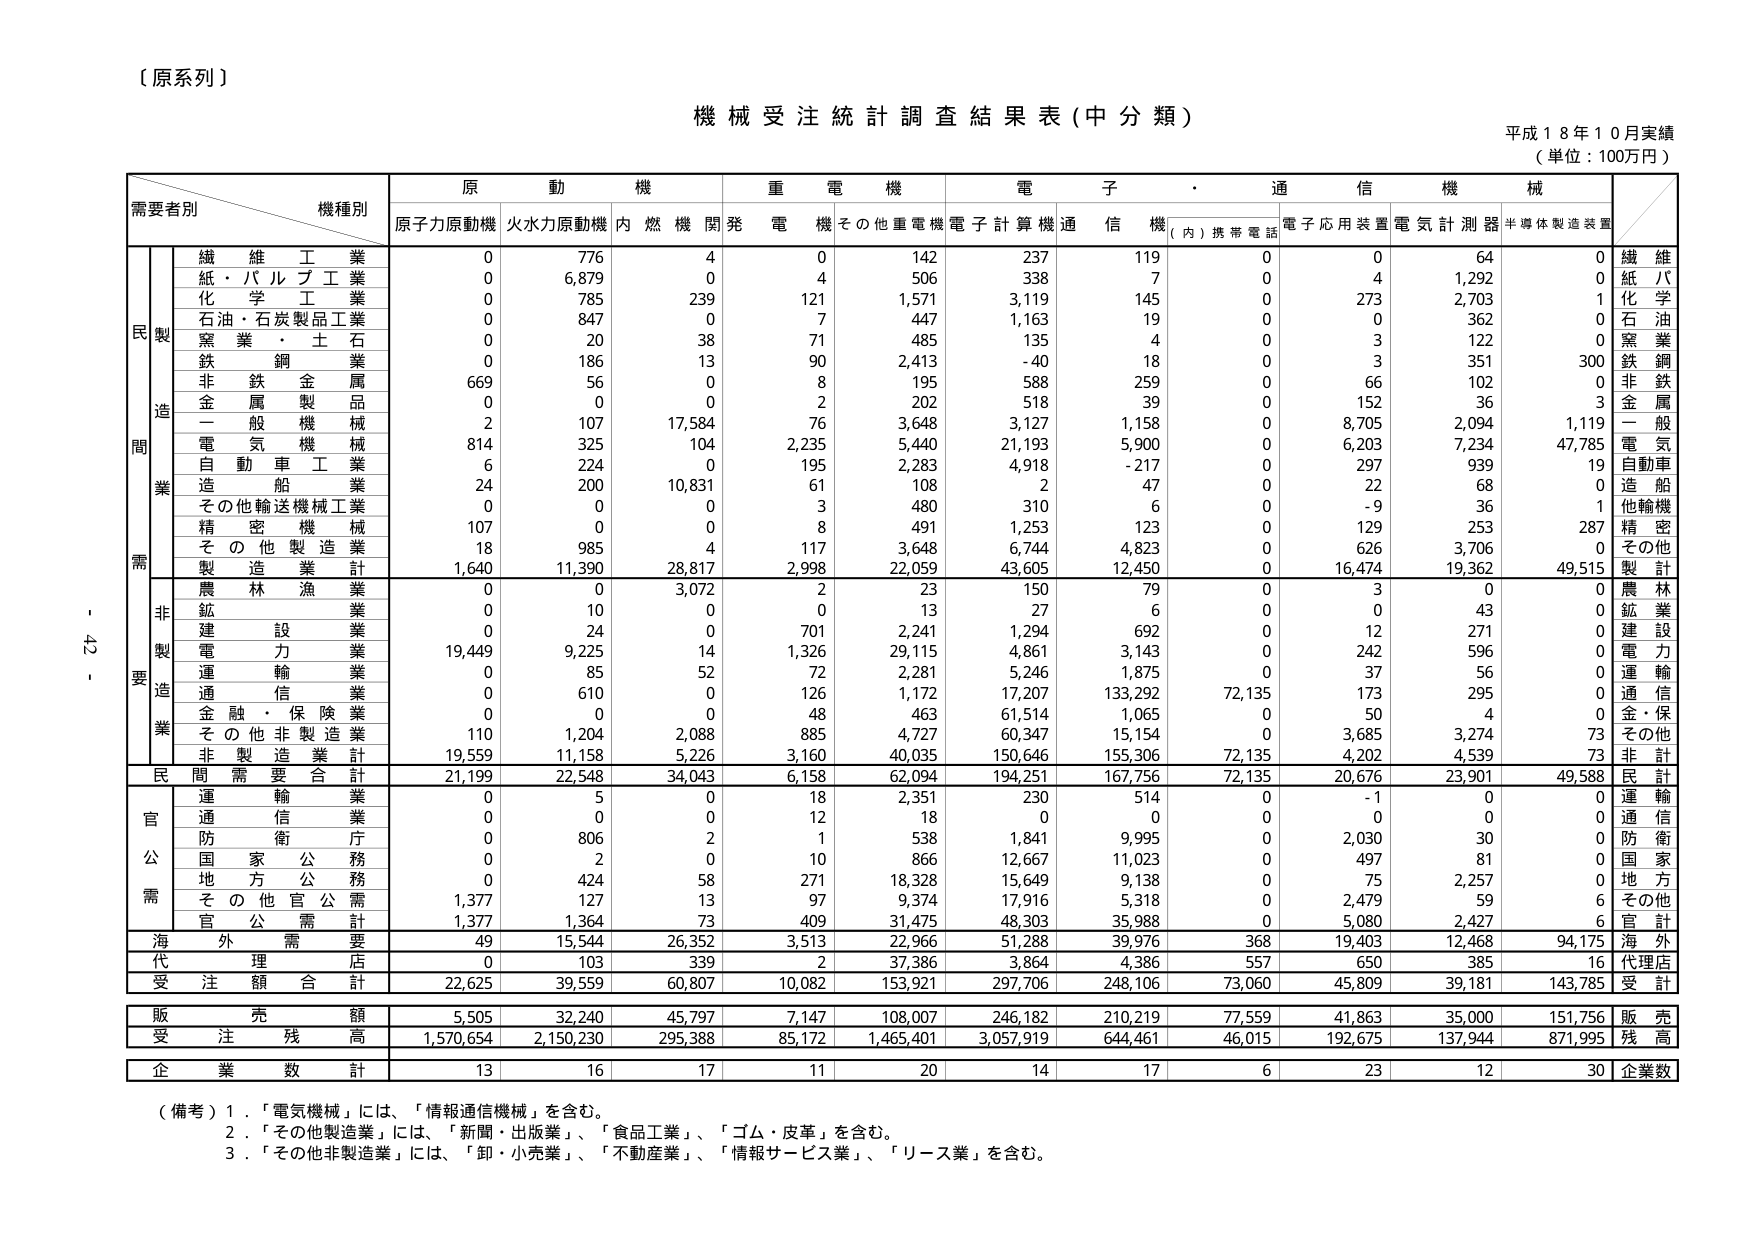
【原系列】

機械受注統計調査結果表（中分類）

平成１８年１０月実績
（単位：100万円）

需要者別　　機種別

原動機　　　　　重電機　　　　　電子・通信機械

原子力原動機　火水力原動機　内燃機関　発電機　その他重電機　電子計算機　通信機　（内）携帯電話　電子応用装置　電気計測器　半導体製造装置

民製造業

繊維工業　　　　　0　　　776　　　4　　　0　　　142　　　237　　　119　　　0　　　0　　　64　　　0　　　繊維
紙・パルプ工業　　　0　　　6,879　　　0　　　4　　　506　　　338　　　7　　　0　　　4　　　1,292　　　0　　　紙パ
化学工業　　　　　0　　　785　　　239　　　121　　　1,571　　　3,119　　　145　　　0　　　273　　　2,703　　　1　　　化学
石油・石炭製品工業　0　　　847　　　0　　　7　　　447　　　1,163　　　19　　　0　　　0　　　362　　　0　　　石油
窯業・土石　　　　0　　　20　　　38　　　71　　　485　　　135　　　4　　　0　　　3　　　122　　　0　　　窯業
鉄鋼業　　　　　　0　　　186　　　13　　　90　　　2,413　　　-40　　　18　　　0　　　3　　　351　　　300　　　鉄鋼
非鉄金属　　　　669　　　56　　　0　　　8　　　195　　　588　　　259　　　0　　　66　　　102　　　0　　　非鉄
金属製品　　　　0　　　0　　　0　　　2　　　202　　　518　　　39　　　0　　　152　　　36　　　3　　　金属
一般機械　　　　2　　　107　　　17,584　　　76　　　3,648　　　3,127　　　1,158　　　0　　　8,705　　　2,094　　　1,119　　　一般
電気機械　　　　814　　　325　　　104　　　2,235　　　5,440　　　21,193　　　5,900　　　0　　　6,203　　　7,234　　　47,785　　　電気
自動車工業　　　　6　　　224　　　0　　　195　　　2,283　　　4,918　　　-217　　　0　　　297　　　939　　　19　　　自動車
造船業　　　　　24　　　200　　　10,831　　　61　　　108　　　2　　　47　　　0　　　22　　　68　　　0　　　造船
その他輸送機械工業　0　　　0　　　0　　　3　　　480　　　310　　　6　　　0　　　-9　　　36　　　1　　　他輸機
精密機械　　　　107　　　0　　　0　　　8　　　491　　　1,253　　　123　　　0　　　129　　　253　　　287　　　精密
その他製造業　　　18　　　985　　　4　　　117　　　3,648　　　6,744　　　4,823　　　0　　　626　　　3,706　　　0　　　その他
製造業計　　　　1,640　　　11,390　　　28,817　　　2,998　　　22,059　　　43,605　　　12,450　　　0　　　16,474　　　19,362　　　49,515　　　製計

非製造業

農林漁業　　　　0　　　0　　　3,072　　　2　　　23　　　150　　　79　　　0　　　3　　　0　　　0　　　農林
鉱業　　　　　　0　　　10　　　0　　　0　　　13　　　27　　　6　　　0　　　0　　　43　　　0　　　鉱業
建設業　　　　　0　　　24　　　0　　　701　　　2,241　　　1,294　　　692　　　0　　　12　　　271　　　0　　　建設
電力業　　　　　19,449　　　9,225　　　14　　　1,326　　　29,115　　　4,861　　　3,143　　　0　　　242　　　596　　　0　　　電力
運輸業　　　　　0　　　85　　　52　　　72　　　2,281　　　5,246　　　1,875　　　0　　　37　　　56　　　0　　　運輸
通信業　　　　　0　　　610　　　0　　　126　　　1,172　　　17,207　　　133,292　　　72,135　　　173　　　295　　　0　　　通信
金融・保険業　　　0　　　0　　　0　　　48　　　463　　　61,514　　　1,065　　　0　　　50　　　4　　　0　　　金・保
その他非製造業　　110　　　1,204　　　2,088　　　885　　　4,727　　　60,347　　　15,154　　　0　　　3,685　　　3,274　　　73　　　その他
非製造業計　　　19,559　　　11,158　　　5,226　　　3,160　　　40,035　　　150,646　　　155,306　　　72,135　　　4,202　　　4,539　　　73　　　非計

民間需要合計　　21,199　　　22,548　　　34,043　　　6,158　　　62,094　　　194,251　　　167,756　　　72,135　　　20,676　　　23,901　　　49,588　　　民計

官公需

運輸業　　　　　0　　　5　　　0　　　18　　　2,351　　　230　　　514　　　0　　　-1　　　0　　　0　　　運輸
通信業　　　　　0　　　0　　　0　　　12　　　18　　　0　　　0　　　0　　　0　　　0　　　0　　　通信
防衛庁　　　　　0　　　806　　　2　　　1　　　538　　　1,841　　　9,995　　　0　　　2,030　　　30　　　0　　　防衛
国家公務　　　　0　　　2　　　0　　　10　　　866　　　12,667　　　11,023　　　0　　　497　　　81　　　0　　　国家
地方公務　　　　0　　　424　　　58　　　271　　　18,328　　　15,649　　　9,138　　　0　　　75　　　2,257　　　0　　　地方
その他官公需　　1,377　　　127　　　13　　　97　　　9,374　　　17,916　　　5,318　　　0　　　2,479　　　59　　　6　　　その他
官公需計　　　　1,377　　　1,364　　　73　　　409　　　31,475　　　48,303　　　35,988　　　0　　　5,080　　　2,427　　　6　　　官計

海外需要　　　　49　　　15,544　　　26,352　　　3,513　　　22,966　　　51,288　　　39,976　　　368　　　19,403　　　12,468　　　94,175　　　海外

代理店　　　　　0　　　103　　　339　　　2　　　37,386　　　3,864　　　4,386　　　557　　　650　　　385　　　16　　　代理店

受注額合計　　22,625　　　39,559　　　60,807　　　10,082　　　153,921　　　297,706　　　248,106　　　73,060　　　45,809　　　39,181　　　143,785　　　受計

販売額　　　　5,505　　　32,240　　　45,797　　　7,147　　　108,007　　　246,182　　　210,219　　　77,559　　　41,863　　　35,000　　　151,756　　　販売

受注残高　　1,570,654　　　2,150,230　　　295,388　　　85,172　　　1,465,401　　　3,057,919　　　644,461　　　46,015　　　192,675　　　137,944　　　871,995　　　残高

企業数計　　　　13　　　16　　　17　　　11　　　20　　　14　　　17　　　6　　　23　　　12　　　30　　　企業数

（備考）1．「電気機械」には、「情報通信機械」を含む。
　　　2．「その他製造業」には、「新聞・出版業」、「食品工業」、「ゴム・皮革」を含む。
　　　3．「その他非製造業」には、「卸・小売業」、「不動産業」、「情報サービス業」、「リース業」を含む。